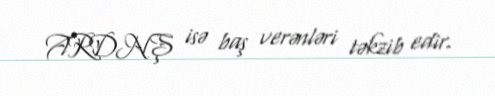
ARDNŞ isə baş verənləri təkzib edir.